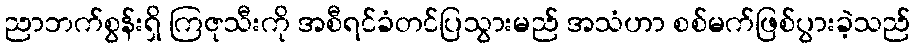
ညာဘက်စွန်းရှိ ကြဇုသီးကို အစီရင်ခံတင်ပြသွားမည် အသံဟာ စစ်မက်ဖြစ်ပွားခဲ့သည်